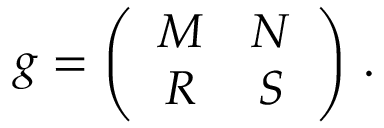
g = \left( \begin{array} { c c } { { M } } & { { N } } \\ { { R } } & { { S } } \end{array} \right) \, .